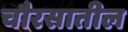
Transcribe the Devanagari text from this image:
चौरसातील